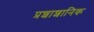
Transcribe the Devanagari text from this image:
प्रशाशानिक